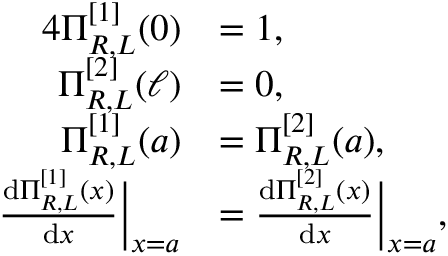
\begin{array} { r l } { { 4 } \Pi _ { R , L } ^ { [ 1 ] } ( 0 ) } & { = 1 , } \\ { \Pi _ { R , L } ^ { [ 2 ] } ( \ell ) } & { = 0 , } \\ { \Pi _ { R , L } ^ { [ 1 ] } ( a ) } & { = \Pi _ { R , L } ^ { [ 2 ] } ( a ) , } \\ { \frac { \mathrm { d } \Pi _ { R , L } ^ { [ 1 ] } ( x ) } { \mathrm { d } x } \Big | _ { x = a } } & { = \frac { \mathrm { d } \Pi _ { R , L } ^ { [ 2 ] } ( x ) } { \mathrm { d } x } \Big | _ { x = a } , } \end{array}